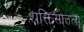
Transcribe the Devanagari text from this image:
शक्तिसातत्य